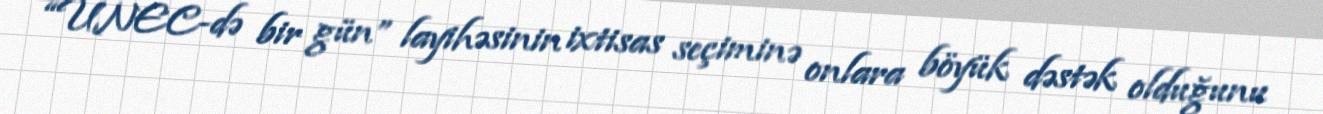
“UNEC-də bir gün” layihəsinin ixtisas seçiminə onlara böyük dəstək olduğunu